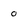
Character: 0